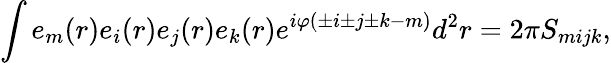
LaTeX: \int e_{m}(r)e_{i}(r)e_{j}(r)e_{k}(r)e^{i\varphi(\pm i\pm j\pm k-m)}d^{2}r=2\pi S_{mijk},